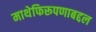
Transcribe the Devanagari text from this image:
माथेफिरूपणाबद्दल